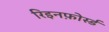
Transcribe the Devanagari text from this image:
रिइनफ़ोर्स्ड